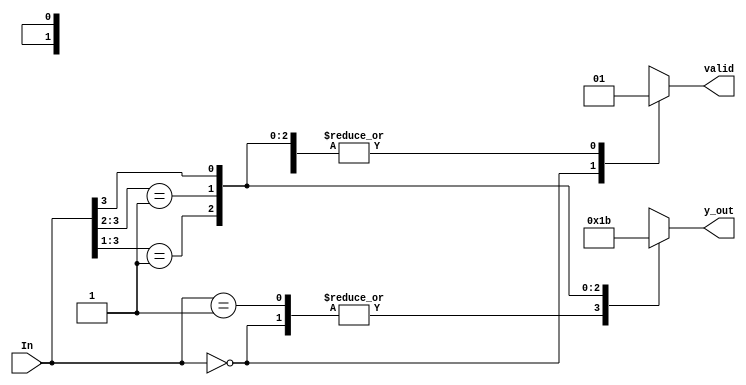
`timescale 1ns / 1ps
//////////////////////////////////////////////////////////////////////////////////
// Company: 
// Engineer: 
// 
// Design Name: 
// Module Name: lab103_priority_encoder_casez
// Project Name: 
// Target Devices: 
// Tool Versions: 
// Description: 
// 
// Dependencies: 
// 
// Revision:
// Revision 0.01 - File Created
// Additional Comments:
// 
//////////////////////////////////////////////////////////////////////////////////

                                                                                                                                                                                             
module lab103_priority_encoder_casez(
                                    input [3:0] In,
                                    output reg[1:0] y_out,
                                    output reg valid
                                    );
always@*
begin
    casez(In)
    4'b0000 :
        begin
        y_out = 2'b00;
        valid = 1'b0;
        end
    4'b0001 :
        begin
        y_out = 2'b00;
        valid = 1'b1;
        end
     4'b001z :
        begin
        y_out = 2'b01;
        valid = 1'b1;
        end
     4'b01zz :
        begin
        y_out = 2'b10;
        valid = 1'b1;
        end
     4'b1zzz :
        begin
        y_out = 2'b11;
        valid = 1'b1;
        end
     endcase
end
endmodule